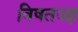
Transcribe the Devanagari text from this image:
विषतज्ज्ञ